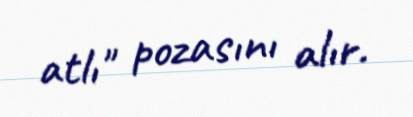
atlı" pozasını alır.